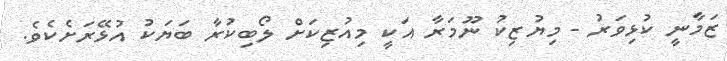
ޒަމާނީ ކުޅިވަރު - މިޔުޒިކު ނޫމަރާ އަކީ މިއުޒިކަށް ލޯބިކުރާ ބަޔަކު އުޅޭރަށެކެވެ.